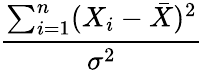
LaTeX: \frac{\sum_{i=1}^{n}(X_{i}-{\bar{X}})^{2}}{\sigma^{2}}